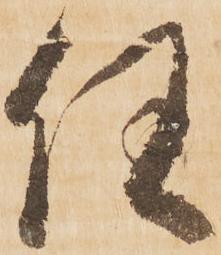
任